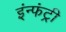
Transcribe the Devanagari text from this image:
इंन्फंट्री